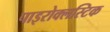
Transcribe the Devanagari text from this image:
पाइरोक्लस्टिक